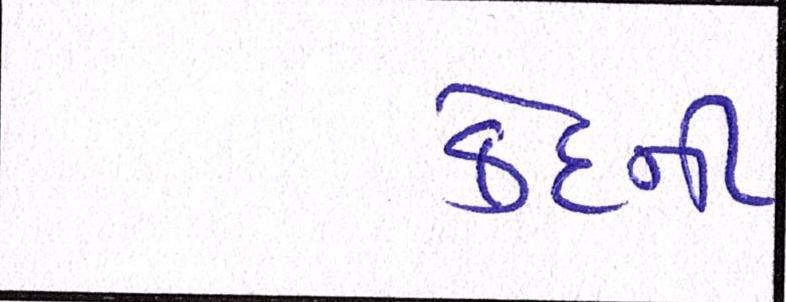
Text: કેદની